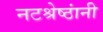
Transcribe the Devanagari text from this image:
नटश्रेष्ठांनी